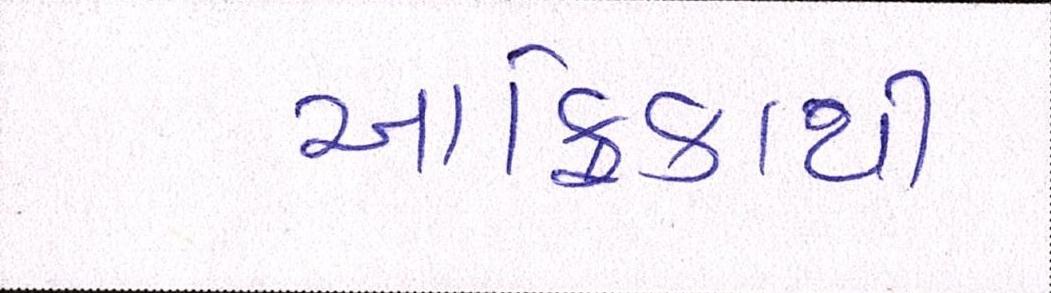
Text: આફ્રિકાથી